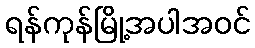
ရန်ကုန်မြို့အပါအဝင်